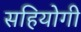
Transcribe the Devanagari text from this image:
सहियोगी